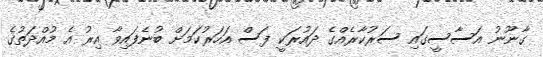
ގާނޫނު އަސާސީގައިި ސަރުކާރެއްގެ ދައުރަކީ ފަސް އަހަރުކަމަށް ބުނެފައިވާ އިރުު އެ މުއްދަތުގެ